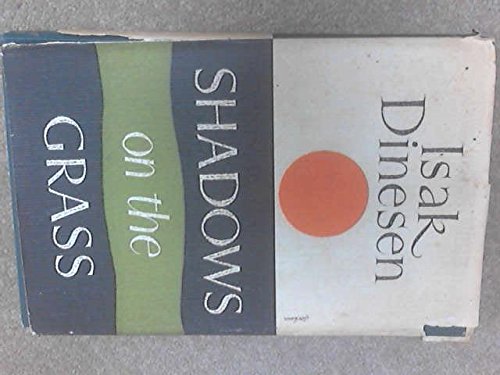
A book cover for Shadows on the Grass; Isak Dinesen; History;